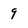
Character: g